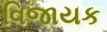
વિજાયક